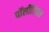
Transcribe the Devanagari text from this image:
पॉलीटिक्स